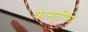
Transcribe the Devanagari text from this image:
कास्तुरिका